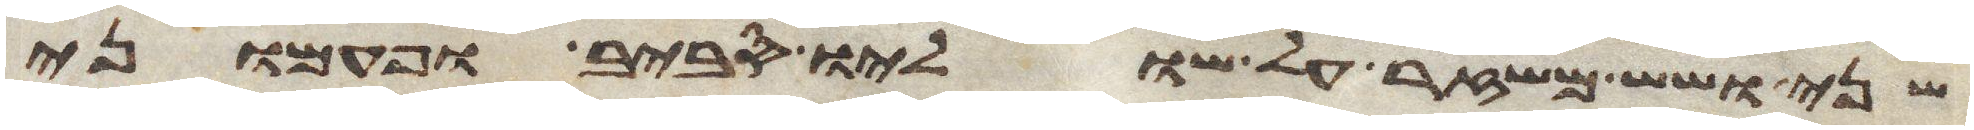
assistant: שני ושש משזר על שוליו סביב ופעמוני